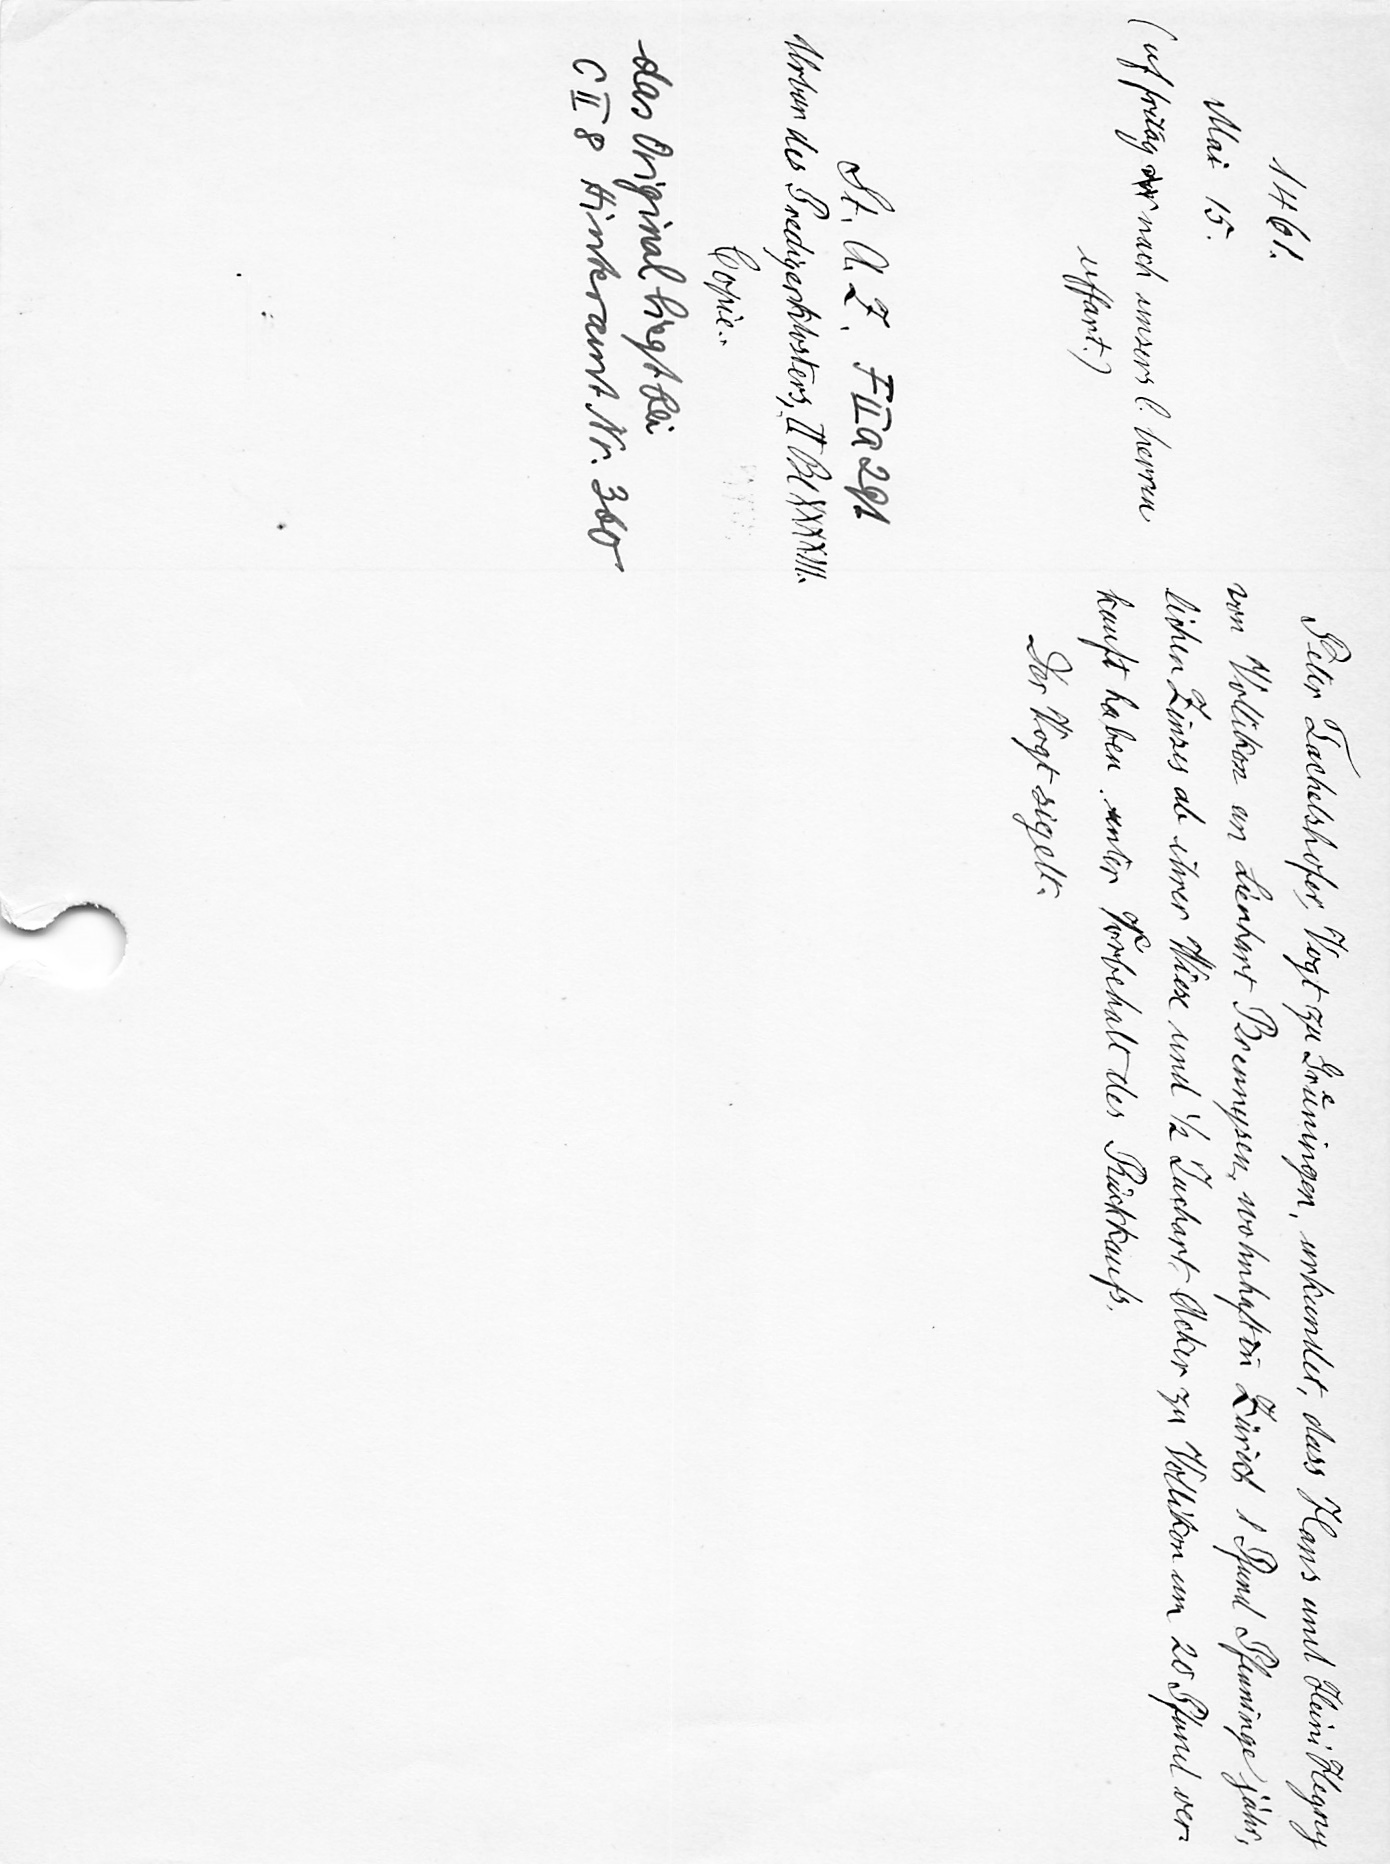
Peter Tachelshofer, Vogt zu Gruͤningen, urkundet, dass Hans und Heini Hegny
von Vollikon an Lienhart Brennysen, wohnhaft in Zürich 1 und Pfund Pfenninge jähr¬
lichen Zinses ab ihrer Wiese und 1/2 Juchart Acker zu Vollikon um 20 Pfund ver¬
kauft haben unter Vorbehalt des Rückkaufs,
Der Vogt sigelt.

1461.
Mai 15
uf fritag vor nach unsers herren
uffart)
St. A Z F II a 291
Urbar des Predigerklosters, II Bl. XXXXIII
Copie.
das Original liegt bei
C II 8 Hinteramt Nr. 360